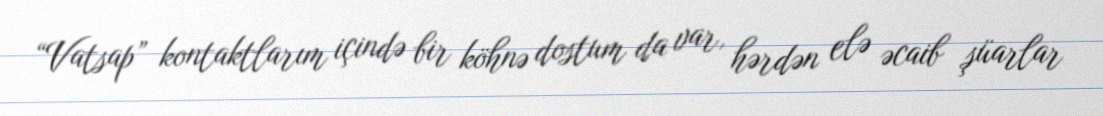
“Vatsap” kontaktlarım içində bir köhnə dostum da var, hərdən elə əcaib şüarlar